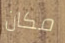
مكان